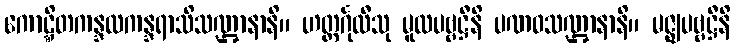
ကောဋ္ဋိတကန္ဒလကန္ဒရာသိသဏ္ဌာနာနိ။ ဟတ္ထင်္ဂုလီသု မူလပဗ္ဗဋ္ဌီနိ ပဏဝသဏ္ဌာနာနိ။ မဇ္ဈပဗ္ဗဋ္ဌီနိ